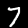
Digit: 7